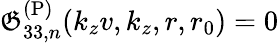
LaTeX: \mathfrak{G}_{33,n}^{\mathrm{{(P)}}}(k_{z}v,k_{z},r,r_{0})=0